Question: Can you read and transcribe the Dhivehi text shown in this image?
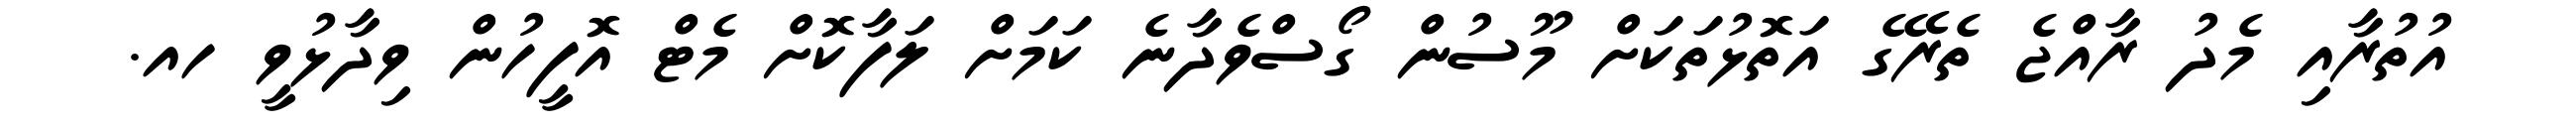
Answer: އުތުރާއި މެދު ރާއްޖެ ތެރޭގެ އަތޮޅުތަކަށް މޫސުން ގޯސްވެދާނެ ކަމަށް ލަފާކޮށް މެޓް އޮފީހުން ވިދާޅުވީ ހއ.